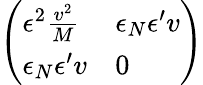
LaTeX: \left(\begin{array}{ll}{{\epsilon^{2}{\frac{v^{2}}{M}}}}&{{\epsilon_{N}\epsilon^{\prime}v}}\\ {{\epsilon_{N}\epsilon^{\prime}v}}&{{0}}\end{array}\right)